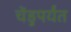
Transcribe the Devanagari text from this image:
चेंडुपर्यंत